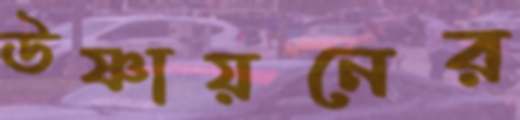
উষ্ণায়নের